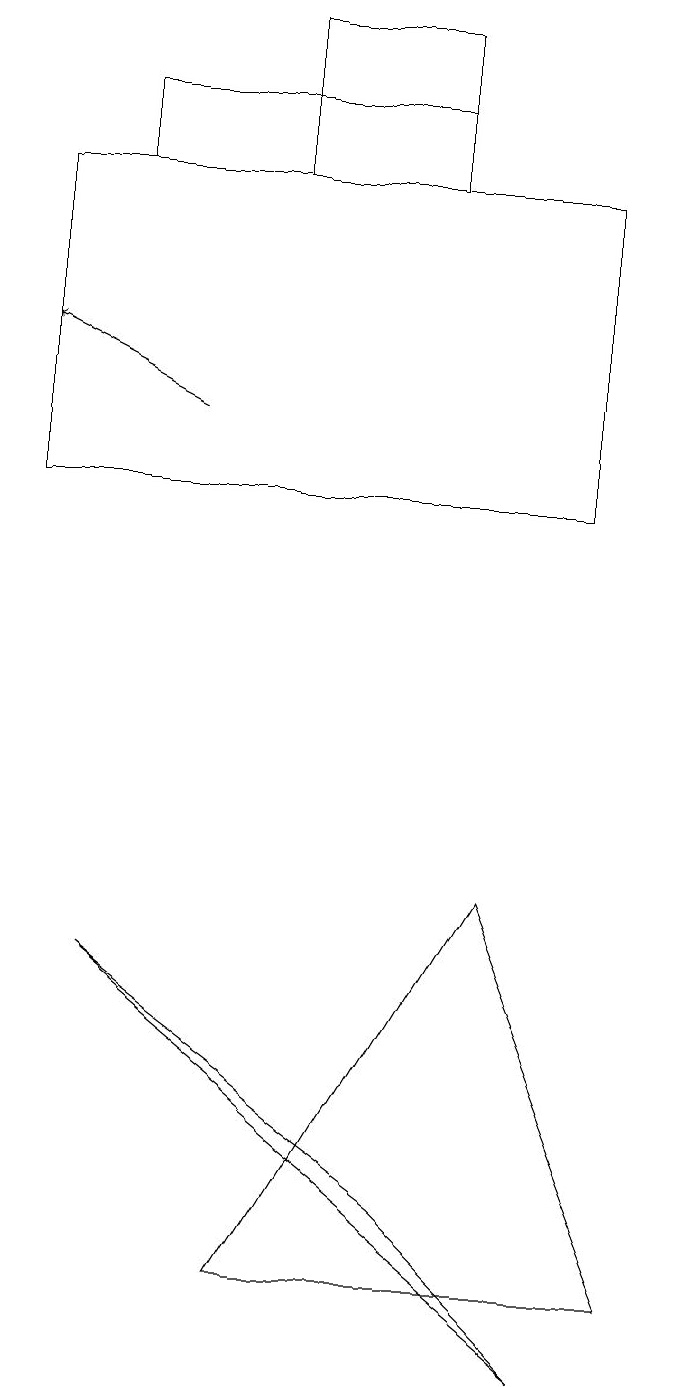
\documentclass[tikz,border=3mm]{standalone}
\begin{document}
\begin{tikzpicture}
\draw (0,15) rectangle (7,11);
\draw[->] (2,12) -- (0,13);
\draw (3,1) -- (6,6) -- (8,1) -- cycle;
\draw (7,0) -- (5,2) -- (1,5) -- cycle;
\draw (1,15) rectangle (5,16);
\draw (5,15) rectangle (3,17);
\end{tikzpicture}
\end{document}